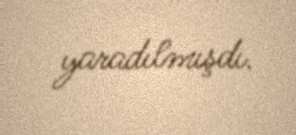
yaradılmışdı.